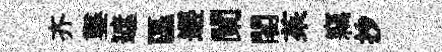
齐鑿遮區邂闌閣茱竊抄